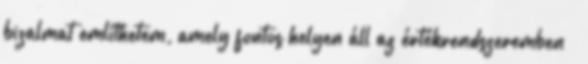
bizalmat említhetem, amely fontos helyen áll az értékrendszeremben –